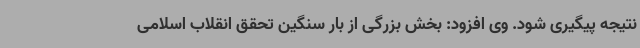
نتیجه پیگیری شود. وی افزود: بخش بزرگی از بار سنگین تحقق انقلاب اسلامی